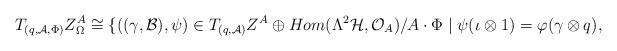
LaTeX: \begin{align*}T_{(q,\mathcal{A},\Phi)}Z_{\Omega}^{A}\cong\{((\gamma,\mathcal{B}),\psi)\in T_{(q,\mathcal{A})}Z^{A}\oplus Hom(\Lambda^{2}\mathcal{H},\mathcal{O}_{A})/A\cdot\Phi\mid\psi(\iota\otimes1)=\varphi(\gamma\otimes q),\end{align*}